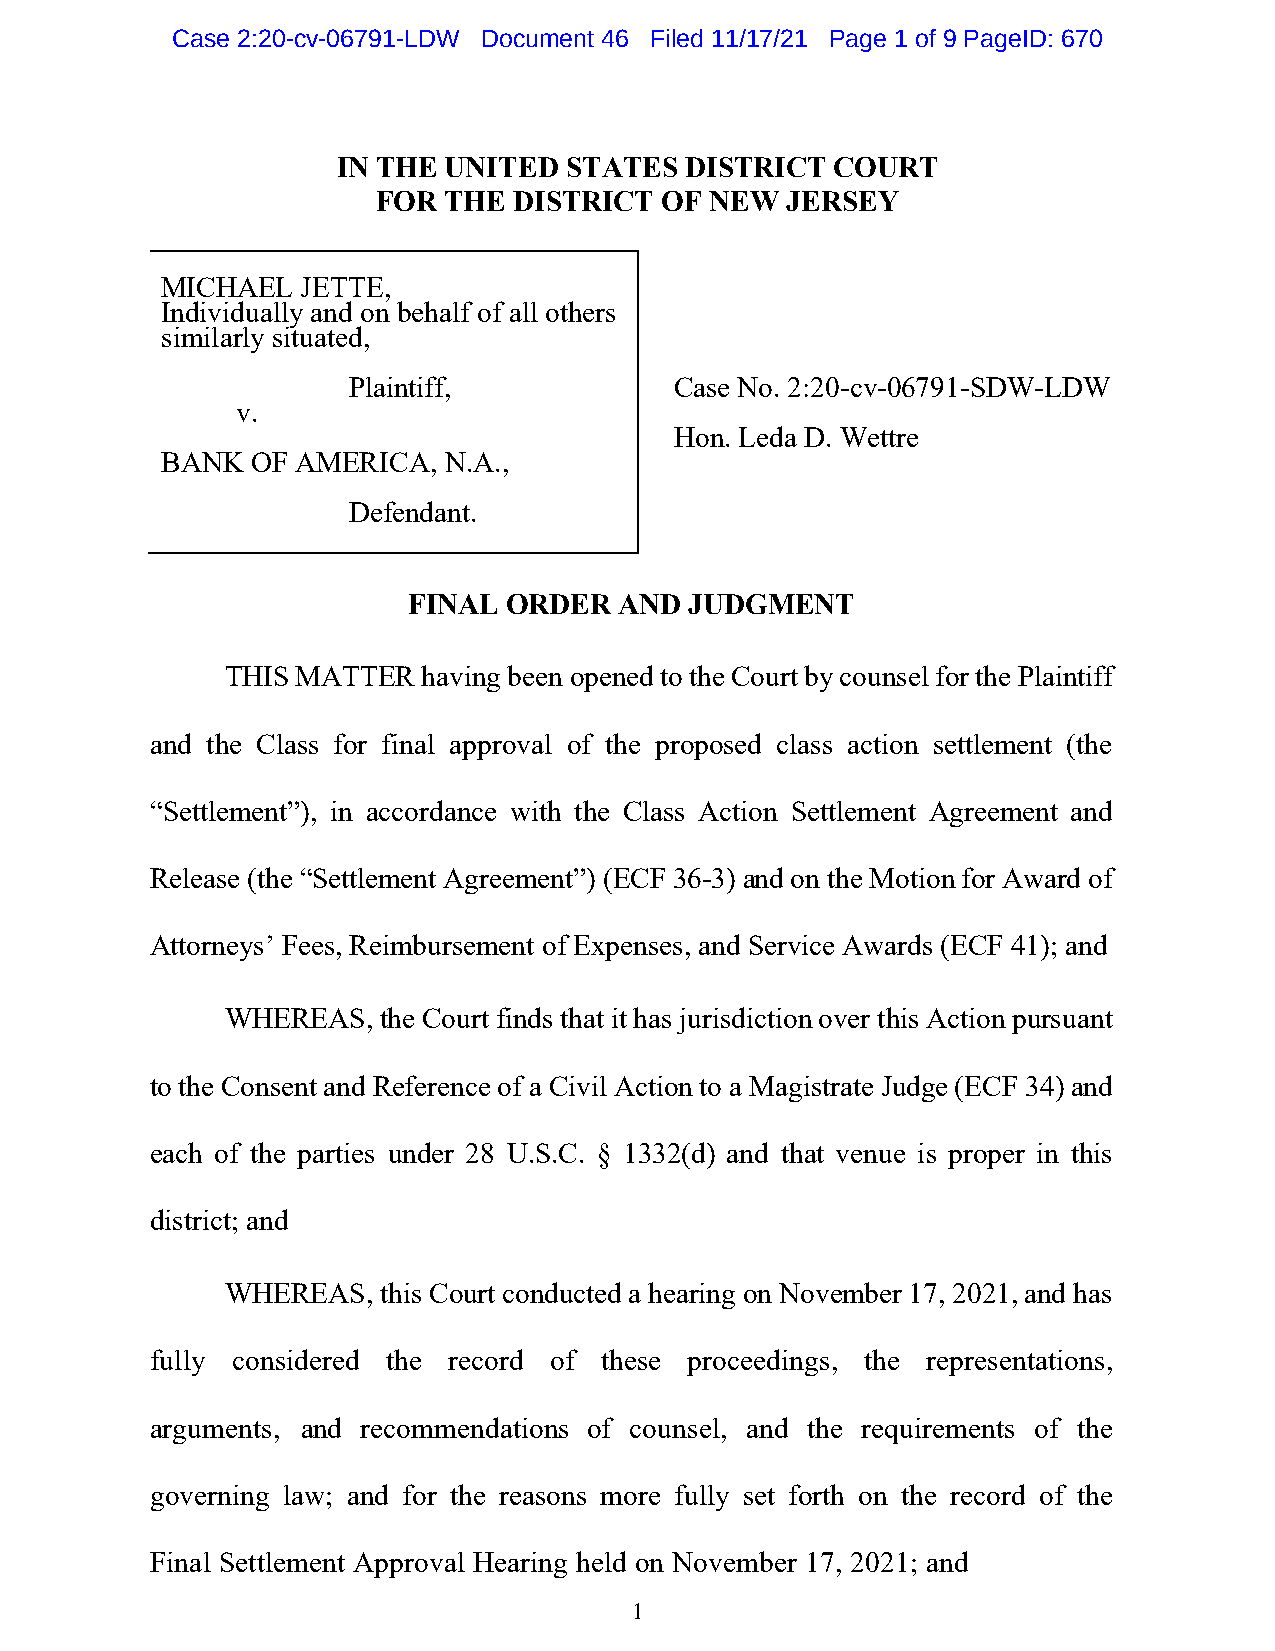
Case 2:20-cv-06791-LDW Document 46 Filed 11/17/21 Page 1 of 9 PageID: 670
 IN THE UNITED  STATES  DISTRICT  COURT
 FOR THE  DISTRICT  OF NEW  JERSEY
 MICHAEL  JETTE,
 Individually and on behalf of all others
 similarly situated,
 Plaintiff,            Case No. 2:20-cv-06791-SDW-LDW
 v.
 Hon. Leda D. Wettre
 BANK  OF AMERICA, N.A.,
 Defendant.
 FINAL  ORDER  AND  JUDGMENT
 THIS MATTER  having been opened to the Court by counsel for the Plaintiff
 and the Class for final approval of the proposed class action settlement (the
 “Settlement”), in accordance with the Class Action Settlement Agreement and
 Release (the “Settlement Agreement”) (ECF 36-3) and on the Motion for Award of
 Attorneys’ Fees, Reimbursement of Expenses, and Service Awards (ECF 41); and
 WHEREAS,  the Court finds that it has jurisdiction over this Action pursuant
 to the Consent and Reference of a Civil Action to a Magistrate Judge (ECF 34) and
 each of the parties under 28 U.S.C. § 1332(d) and that venue is proper in this
 district; and
 WHEREAS,  this Court conducted a hearing on November 17, 2021, and has
 fully considered the record of these proceedings, the representations,
 arguments, and recommendations of counsel, and the requirements of the
 governing law; and for the reasons more fully set forth on the record of the
 Final Settlement Approval Hearing held on November 17, 2021; and
 1